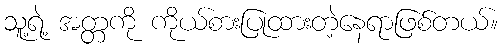
သူ့ရဲ့ အတ္တကို ကိုယ်စားပြုထားတဲ့နေရာဖြစ်တယ်။